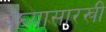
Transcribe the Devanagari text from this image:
बघ्‍यासारखी